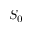
S _ { 0 }